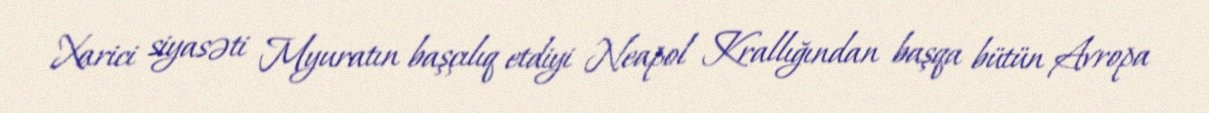
Xarici siyasəti Myuratın başçılıq etdiyi Neapol Krallığından başqa bütün Avropa